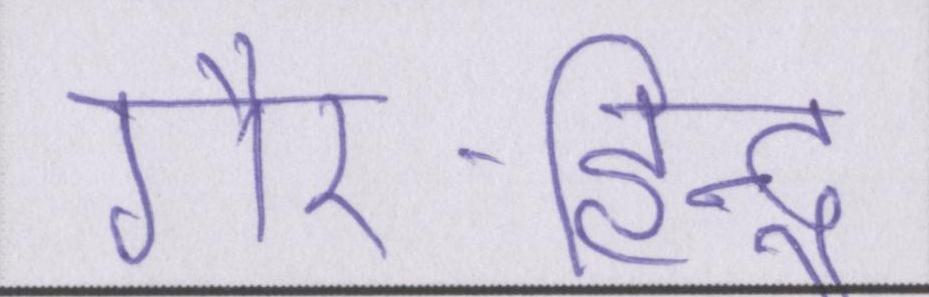
गैर-हिन्दू